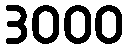
3000